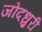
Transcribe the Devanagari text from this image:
जोदधुरी